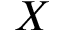
\boldsymbol { X }